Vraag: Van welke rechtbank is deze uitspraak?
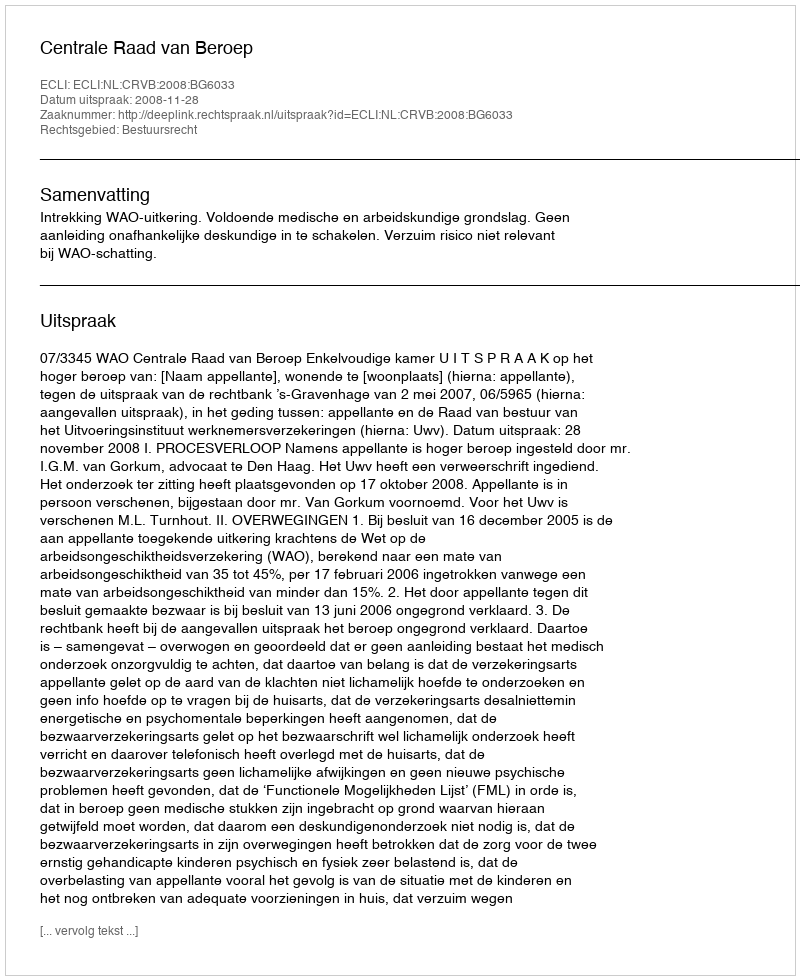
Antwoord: Centrale Raad van Beroep